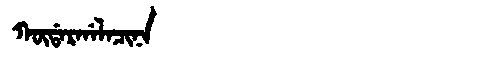
Manchu: ᡴᡡᡩᠠᡵᡤᠠᠯᠠᠴᡳᠨᠠ
Romanization: KŪDARGALACINA